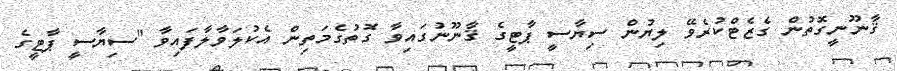
ޤާނޫނީގޮތުން ގެޒެޓްކުރެވޭ ލިޔުން ސިޔާސީ ޕާޓީގެ ޤާނޫނުގައިވާ ގޮތުގެމަތިން އެކުލަވާލާފައިވާ "ސިޔާސީ ޕާޓީގެ